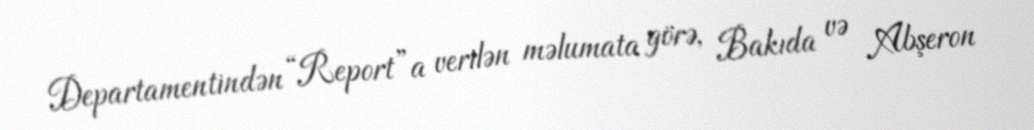
Departamentindən “Report”a verilən məlumata görə, Bakıda və Abşeron